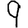
Digit: 9